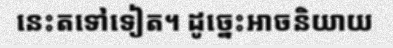
នេះតទៅទៀត។ ដូច្នេះអាចនិយាយ